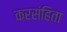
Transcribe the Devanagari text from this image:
करसंहिता